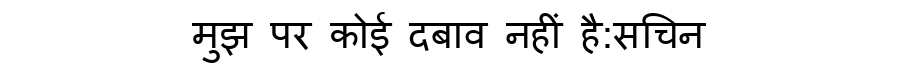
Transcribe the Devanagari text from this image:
मुझ पर कोई दबाव नहीं है:सचिन